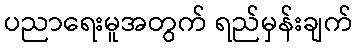
ပညာရေးမူအတွက် ရည်မှန်းချက်